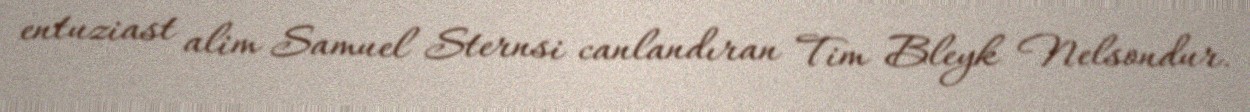
entuziast alim Samuel Sternsi canlandıran Tim Bleyk Nelsondur.